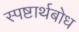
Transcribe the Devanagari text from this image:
स्पष्टार्थबोध